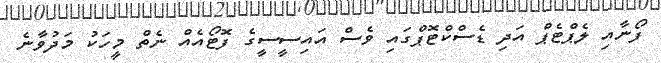
ފޯނާއި ލެޕްޓެޕް އަދި ޑެސްކްޓޮޕްގައި ވެސް އައިސީސީގެ ފޮޓޯއެއް ނެތް މީހަކު މަދުވާނެ